Vaccine operations Central Provinces 1886-1899 - 1886-1899
Year: 1886
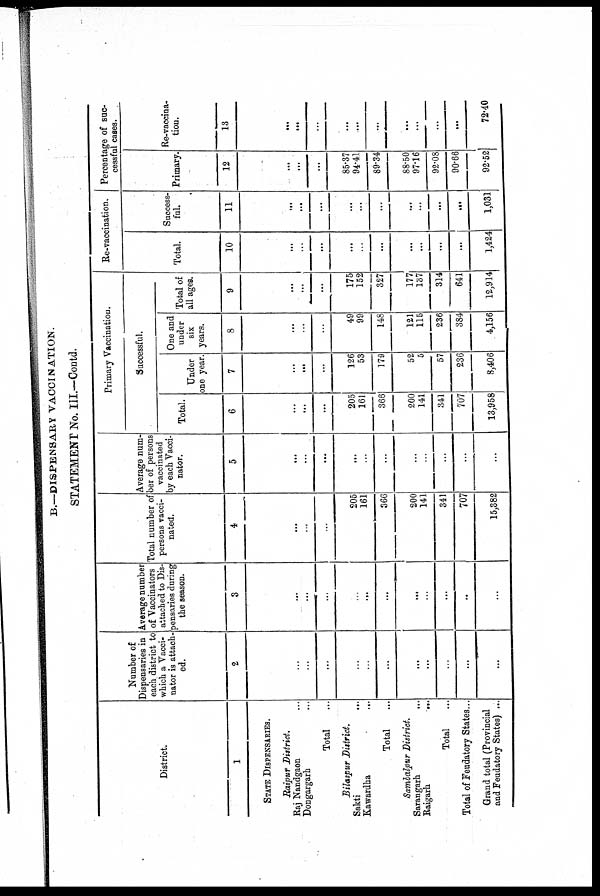
B.—DISPENSARY VACCINATION.
STATEMENT No. III.—Contd.
District.
1
STATE DISPENSARIES.
Raipur District.
Raj Nandgaon ...
Dongargarh ...
Total ...
Bilaspur District.
Sakti ...
Kawardha
...
Total ...
Sambalpur District.
Sarangarh
...
Raigarh
...
Total ...
Total of Feudatory States...
Grand total (Provincial
and Feudatory States) ...
Number of
Dispensaries in
each district to
which a Vacci-
nator is attach-
ed.
2
...
...
...
...
...
...
...
...
...
...
...
Average number
of Vaccinators
attached to Dis-
pensaries during
the season.
3
...
...
...
...
...
...
...
...
...
...
...
Total number of
persons vacci-
nated.
4
...
...
...
205
161
366
200
141
341
707
15,382
Average num-
ber of persons
vaccinated
by each Vacci-
nator.
5
...
...
...
...
...
...
...
...
...
...
...
Primary Vaccination.
Successful.
Total.
6
...
...
...
205
161
366
200
141
341
707
13,958
Under
one year.
7
...
...
...
126
53
179
52
5
57
236
8,406
One and
under
six
years.
8
...
...
...
49
99
148
121
115
236
384
4,156
Total of
all ages.
9
...
...
...
175
152
327
177
137
314
641
12,914
Re-vaccination.
Total.
10
...
...
...
...
...
...
...
...
...
...
1,424
Success-
ful.
11
...
...
...
...
...
...
...
...
...
...
1,031
Percentage of suc-
cessful cases.
Primary
12
...
...
...
85.37
94.41
89.34
88.50
97.16
92.08
90.66
92.52
Re-vaccina-
tion.
13
...
...
...
...
...
...
...
...
...
...
72.40